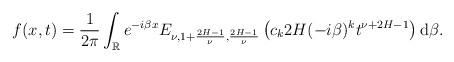
\begin{align*} & f(x,t) = \frac{1}{2 \pi} \int_{\mathbb{R}} e^{-i \beta x} E_{\nu, 1+\frac{2H-1}{\nu}, \frac{2H-1}{\nu}} \left(c_k 2H (-i\beta)^k t^{\nu+2H-1} \right) \mathrm d\beta. \end{align*}